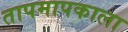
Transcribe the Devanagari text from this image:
तापमापकाला